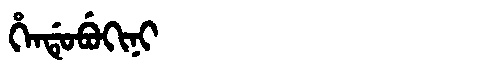
Manchu: ᡥᡝᠨᡩᡠᠪᡠᡴᡳᠨᡳ
Romanization: HENDUBUKINI